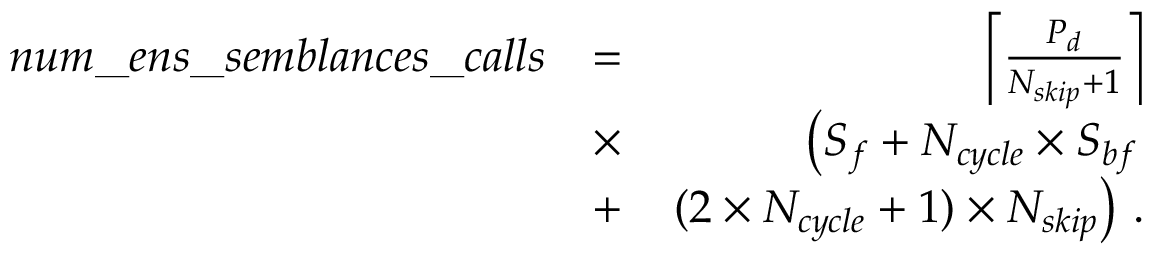
\begin{array} { r l r } { n u m \_ e n s \_ s e m b l a n c e s \_ c a l l s } & { = } & { \left\lceil \frac { P _ { d } } { N _ { s k i p } + 1 } \right\rceil } \\ & { \times } & { \left( S _ { f } + N _ { c y c l e } \times S _ { b f } \right. } \\ & { + } & { \left. ( 2 \times N _ { c y c l e } + 1 ) \times N _ { s k i p } \right) \, . } \end{array}